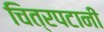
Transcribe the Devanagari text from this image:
चित्रपटानी